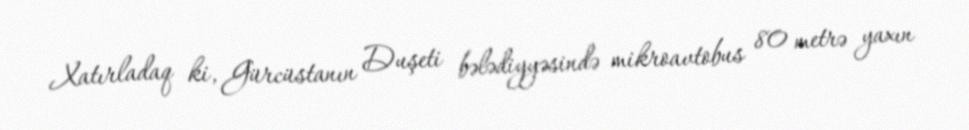
Xatırladaq ki, Gürcüstanın Duşeti bələdiyyəsində mikroavtobus 80 metrə yaxın